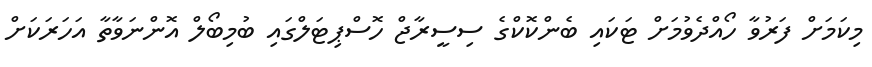
މިކަމަށް ފަރުވާ ހޯއްދެވުމަށް ޓަކައި ބެންކޮކްގެ ސިސީރާޖް ހޮސްޕިޓަލްގައި ބުމިބޯލް އޮންނަވާތާ އަހަރަކަށް